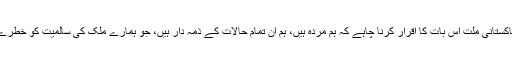
ہمیں بحثیت قوم اور پاکستانی مِلت اِس بات کا اقرار کرنا چاہے کہ ہم مردہ ہیں، ہم اِن تمام حالات کے ذمہ دار ہیں، جو ہمارے ملک کی سالمیت کو خطرے میں ڈالے ہوئے ہیں۔